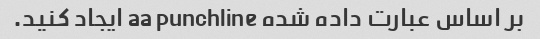
بر اساس عبارت داده شده aa punchline ایجاد کنید.